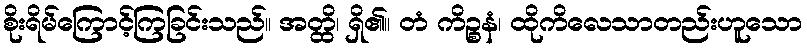
စိုးရိမ်ကြောင့်ကြခြင်းသည်။ အတ္ထိ၊ ရှိ၏။ တံ ကိဉ္စနံ၊ ထိုကိလေသာတည်းဟူသော